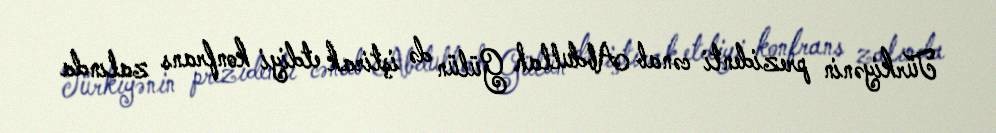
Türkiyənin prezidenti cənab Abdullah Gülün də iştirak etdiyi konfrans zalında